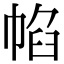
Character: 㡊